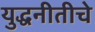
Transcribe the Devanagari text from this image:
युद्धनीतीचे